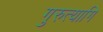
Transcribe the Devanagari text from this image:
गुरुत्यागि